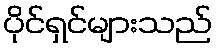
ပိုင်ရှင်များသည်